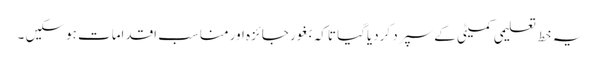
یہ خط تعلیمی کمیٹی کے سپرد کردیاگیا تاکہ بغور جائزہ اور مناسب اقدامات ہوسکیں ۔